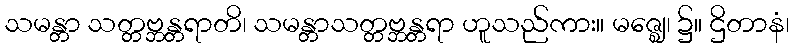
သမန္တာ သတ္တဗ္ဘန္တရာတိ၊ သမန္တာသတ္တဗ္ဘန္တရာ ဟူသည်ကား။ မဇ္ဈေ၊ ၌။ ဌိတာနံ၊